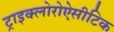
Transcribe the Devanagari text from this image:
ट्राइक्लोरोऐसीटिक